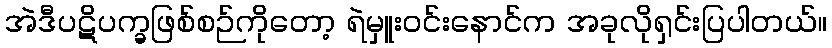
အဲဒီပဋိပက္ခဖြစ်စဉ်ကိုတော့ ရဲမှူးဝင်းနောင်က အခုလိုရှင်းပြပါတယ်။